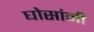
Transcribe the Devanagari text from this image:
घोसांनी